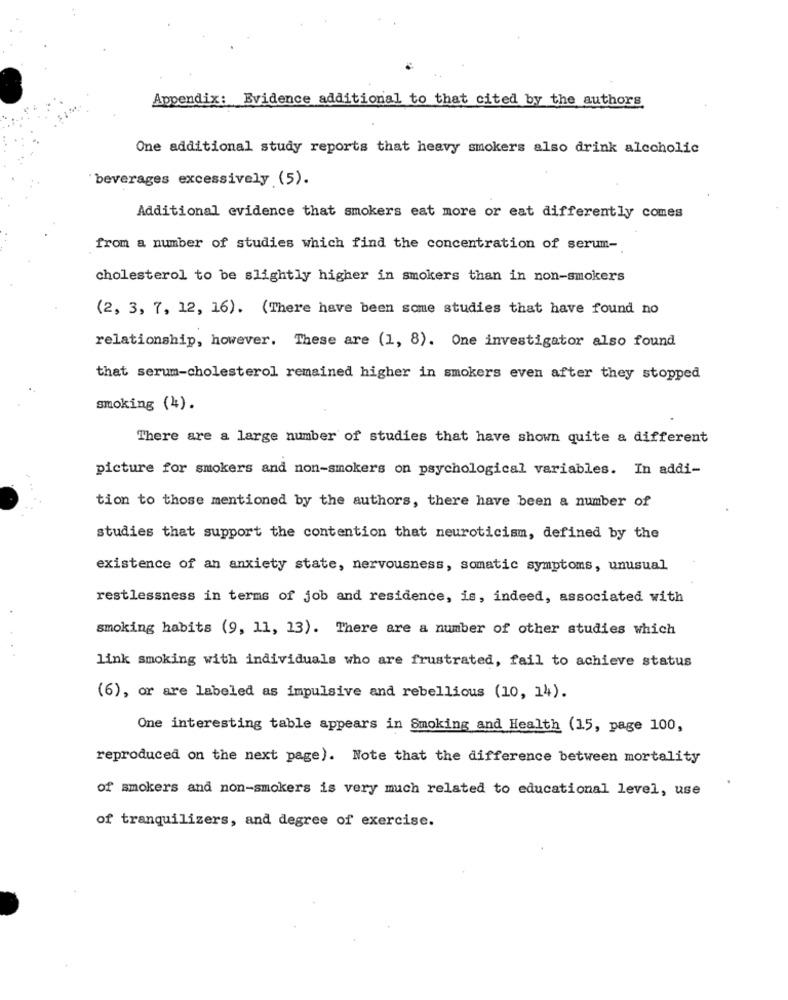
Appendix: Evidence additional to that cited by the authors
One additional study reports that heavy smokers also drink alcoholic
beverages excessively (5).
Additional evidence that smokers eat more or eat differently comes
from a number of studies which find the concentration of serum-
cholesterol to be slightly higher in smokers than in non-smokers
(2, 3, 7, 12, 16). (There have been some studies that have found no
relationship, however. These are (1, 8). One investigator also found
that serum-cholesterol remained higher in smokers even after they stopped
smoking (4).
There are a large number of studies that have shown quite a different
picture for smokers and non-smokers on psychological variables. In addi-
tion to those mentioned by the authors, there have been a number of
studies that support the contention that neuroticism, defined by the
existence of an anxiety state, nervousness, somatic symptoms, unusual
restlessness in terms of job and residence, is, indeed, associated with
smoking habits (9, 11, 13). There are a number of other studies which
link smoking with individuals who are frustrated, fail to achieve status
(6), or are labeled as impulsive and rebellious (10, 14).
One interesting table appears in Smoking and Health (15, page 100,
reproduced on the next page). Note that the difference between mortality
of smokers and non-smokers is very much related to educational level, use
of tranquilizers, and degree of exercise.